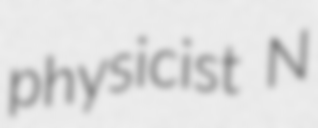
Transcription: physicist N